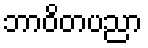
ဘာဝိတပညာ